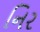
નિર